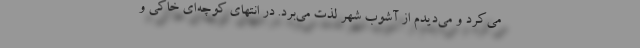
می‌کرد و می‌دیدم از آشوب شهر لذت می‌برد. در انتهای کوچه‌ای خاکی و